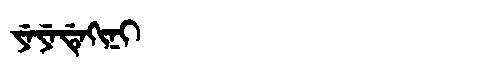
Manchu: ᠶᡝᠶᡝᡩᡝᡴᡳᠨᡳ
Romanization: YEYEDEKINI